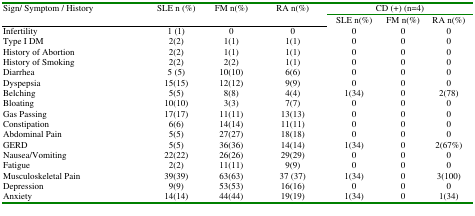
| <ROWSPAN=2> Sign/ Symptom / History | <ROWSPAN=2> SLE n (%) | <ROWSPAN=2> FM n(%) | <ROWSPAN=2> RA n(%) | <COLSPAN=3> CD (+) (n=4) |
 | SLE n(%) | FM n(%) | RA n(%) |
 | --- | --- | --- | --- | --- | --- | --- |
 | Infertility | 1 (1) | 0 | 0 | 0 | 0 | 0 |
 | Type I DM | 2(2) | 1(1) | 1(1) | 0 | 0 | 0 |
 | History of Abortion | 2(2) | 1(1) | 1(1) | 0 | 0 | 0 |
 | History of Smoking | 2(2) | 2(2) | 1(1) | 0 | 0 | 0 |
 | Diarrhea | 5 (5) | 10(10) | 6(6) | 0 | 0 | 0 |
 | Dyspepsia | 15(15) | 12(12) | 9(9) | 0 | 0 | 0 |
 | Belching | 5(5) | 8(8) | 4(4) | 1(34) | 0 | 2(78) |
 | Bloating | 10(10) | 3(3) | 7(7) | 0 | 0 | 0 |
 | Gas Passing | 17(17) | 11(11) | 13(13) | 0 | 0 | 0 |
 | Constipation | 6(6) | 14(14) | 11(11) | 0 | 0 | 0 |
 | Abdominal Pain | 5(5) | 27(27) | 18(18) | 0 | 0 | 0 |
 | GERD | 5(5) | 36(36) | 14(14) | 1(34) | 0 | 2(67%) |
 | Nausea/Vomiting | 22(22) | 26(26) | 29(29) | 0 | 0 | 0 |
 | Fatigue | 2(2) | 11(11) | 9(9) | 0 | 0 | 0 |
 | Musculoskeletal Pain | 39(39) | 63(63) | 37 (37) | 1(34) | 0 | 3(100) |
 | Depression | 9(9) | 53(53) | 16(16) | 0 | 0 | 0 |
 | Anxiety | 14(14) | 44(44) | 19(19) | 1(34) | 0 | 1(34) |